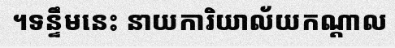
។ទន្ទឹមនេះ នាយការិយាល័យកណ្តាល